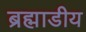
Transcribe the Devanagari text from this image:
ब्रह्माडीय